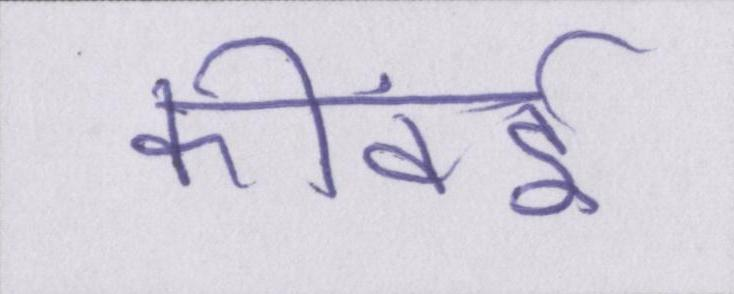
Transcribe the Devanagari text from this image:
कीवर्ड